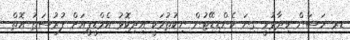
ޑރ ހަސަން ވިދާޅުވީ ގިނަ ކެންޑިޑޭޓުން ނިކުތުމަކީ އިދިކޮޅު އެމްޑީޕީއަށް ފުރުސަތު އޮތް